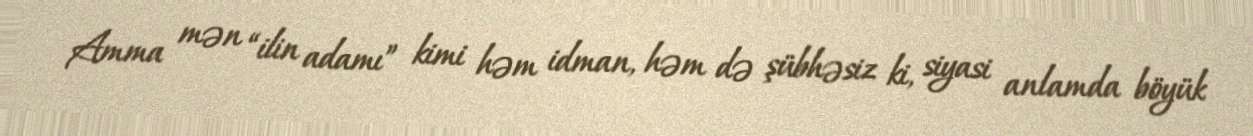
Amma mən “ilin adamı” kimi həm idman, həm də şübhəsiz ki, siyasi anlamda böyük